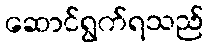
ဆောင်ရွက်ရသည်